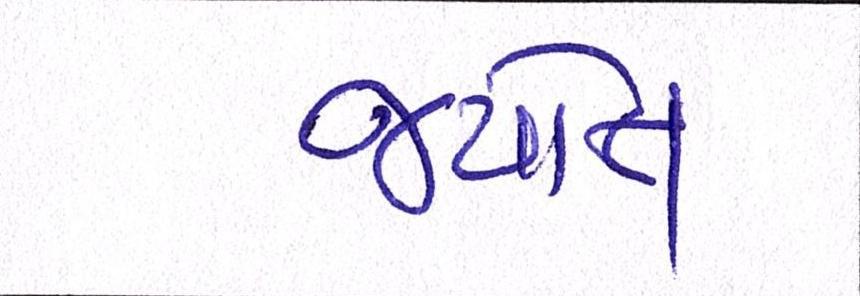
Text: જયોત